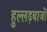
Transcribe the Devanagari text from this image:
हुल्लड़बाजों